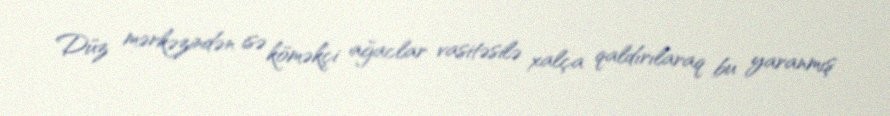
Düz mərkəzindən isə köməkçi ağaclar vasitəsilə xalça qaldırılaraq bu yaranmış